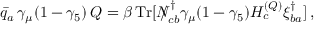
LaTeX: \bar { q } _ { a } \, \gamma _ { \mu } ( 1 - \gamma _ { 5 } ) \, Q = \beta \, \mathrm { T r } [ { N \! \! \! \! \slash } _ { c b } ^ { \, \dag } \gamma _ { \mu } ( 1 - \gamma _ { 5 } ) H _ { c } ^ { ( Q ) } \xi _ { b a } ^ { \dag } ] \, ,